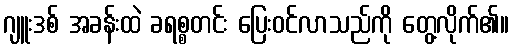
ဂျူးဒစ် အခန်းထဲ ခရစ္စတင်း ပြေးဝင်လာသည်ကို တွေ့လိုက်၏။